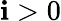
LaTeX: \mathbf{i}>0